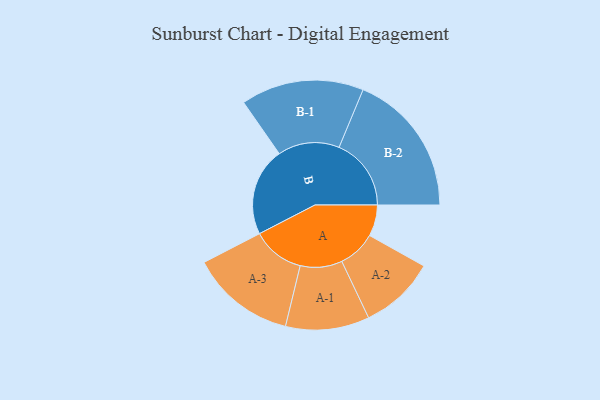
{"axis": {"x": "Segment", "y": "Value"}, "legend": ["", "A", "B"], "data": [{"x": "A", "y": 124, "type": ""}, {"x": "B", "y": 350, "type": ""}, {"x": "A-1", "y": 166, "type": "A"}, {"x": "A-2", "y": 150, "type": "A"}, {"x": "A-3", "y": 208, "type": "A"}, {"x": "B-1", "y": 244, "type": "B"}, {"x": "B-2", "y": 286, "type": "B"}]}